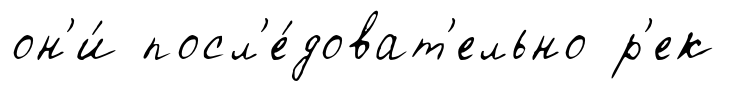
он'и́ посл'е́доват'ельно р'ек